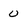
Character: 0